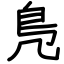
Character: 鳬